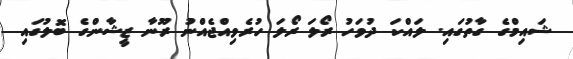
ޝައިމްގެ ގާތުގައި. ލައްކަ ދުވަހު ރޯލަ ރޯލަ ހުރެވިއްޖެއްނު ރޫނާ ޒީޝާންގެ ބޮލުގައި